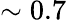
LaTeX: \sim 0.7